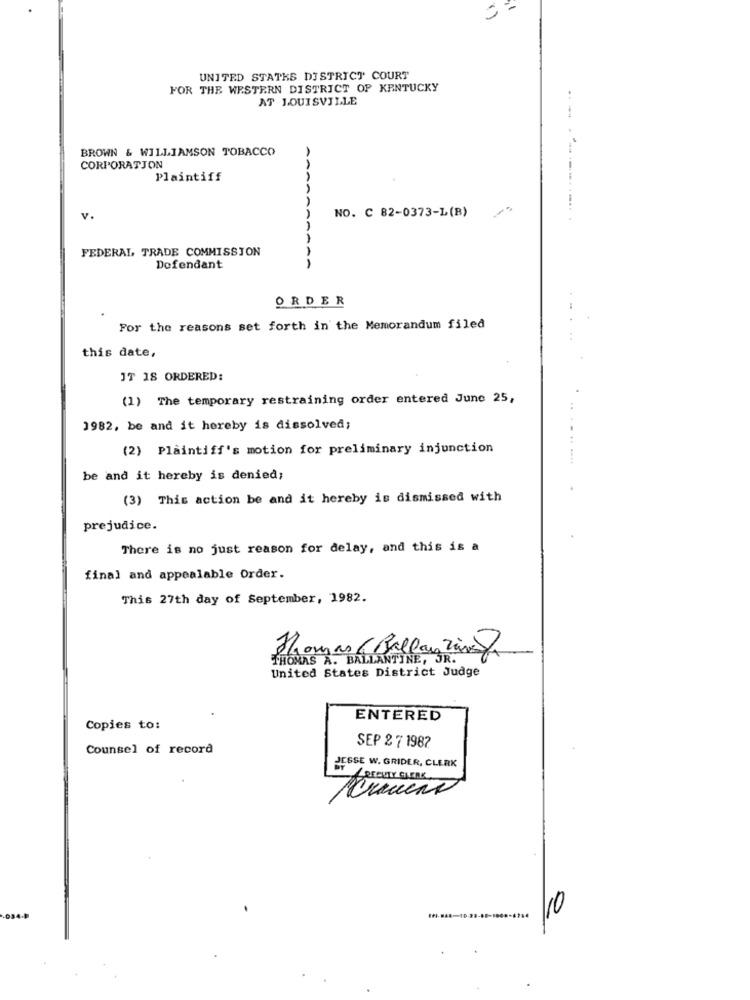
UNITED STATES DISTRICT COURT
FOR THE WESTERN DISTRICT OF KENTUCKY
AT LOUISVILLE
BROWN & WILLIAMSON TOBACCO
.---
CORPORATION
Plaintiff
AAA
NO. C 82-0373-L(B)
-......
v.
FEDERAL TRADE COMMISSION
Defendant
AA
ORDER
For the reasons set forth in the Memorandum filed
this date,
JT 18 ORDERED:
(1) The temporary restraining order entered June 25,
1982, be and it hereby is dissolved;
(2) Plaintiff's motion for preliminary injunction
.......
be and it hereby is denied;
(3) This action be and it hereby is dismissed with
prejudice.
There is no just reason for delay, and this is a
final and appealable Order.
This 27th day of September, 1982.
THOMAS A. BALLANTINE, JR.
Thomas (Bellay Zine)
United States District Judge
ENTERED
Copies to:
Counsel of record
SEP 2 7 1982
JESSE W. GRIDER, CLERK
RTEUTY GLERK
Arancio
/10